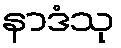
နာဒံသု